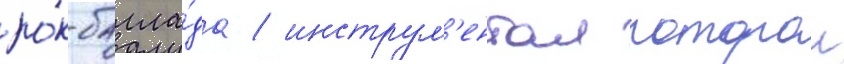
ро́к-балла́да / инструм'ентал которои